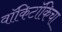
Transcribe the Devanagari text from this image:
वॉकिटॉकिचा